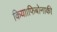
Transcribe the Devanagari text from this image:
किया।फिबोनाकी